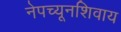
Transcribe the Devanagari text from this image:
नेपच्यूनशिवाय